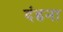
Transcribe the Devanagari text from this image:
दंडना